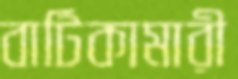
বাটিকামারী